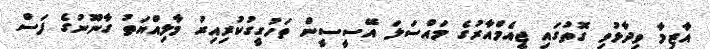
އާޒިމާ ވިދާޅުވި ގޮތުގައި ޖީއެމްއާރުގެ މައްސަލަ އޭސީސީން ތަހުގީގުކުރިއިރު މާލިއްޔަތު ގާނޫނުގެ ފަސް